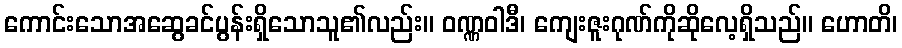
ကောင်းသောအဆွေခင်ပွန်းရှိသောသူ၏လည်း။ ဝဏ္ဏဝါဒီ၊ ကျေးဇူးဂုဏ်ကိုဆိုလေ့ရှိသည်။ ဟောတိ၊